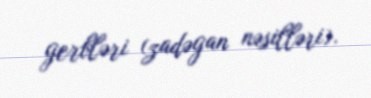
gerbləri (zadəgan nəsilləri).